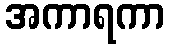
အကာရကာ